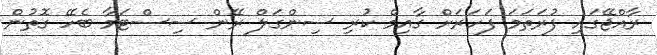
ރާއްޖޭގައި ފުރަތަމަ ފަހަރަށް ގާއިމް ކުރި ސިންގަލް ރޭން ސިސްޓަމާ ބެހޭ ގޮތުން